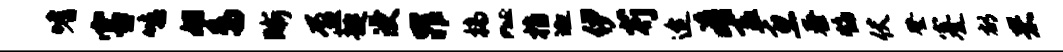
嗜害鸣姬鸟晰盈趣浸罪槁~指迦伊芍迨肴盍惠泰焰伏登蹇郁罘